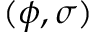
( \phi , \sigma )